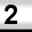
Digit: 2